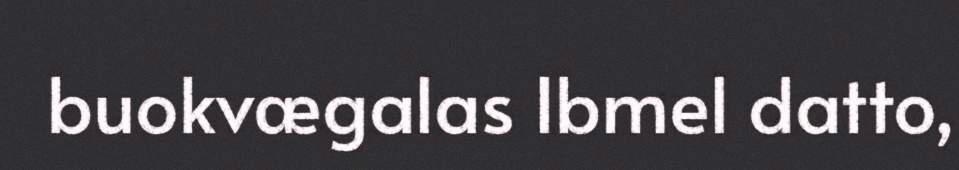
buokvægalas Ibmel datto,